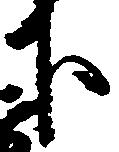
下